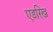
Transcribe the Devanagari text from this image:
एडरिख